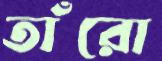
তাঁরো